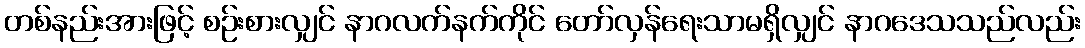
တစ်နည်းအားဖြင့် စဉ်းစားလျှင် နာဂလက်နက်ကိုင် တော်လှန်ရေးသာမရှိလျှင် နာဂဒေသသည်လည်း